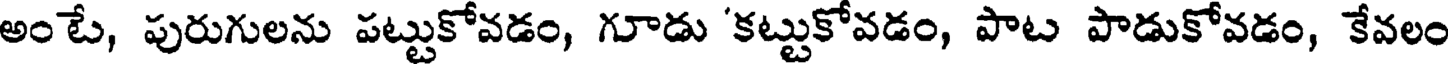
అంటే, పురుగులను పట్టుకోవడం, గూడు 'కట్టుకోవడం, పాట పాడుకోవడం, కేవలం